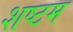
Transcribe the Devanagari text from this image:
शष्टम